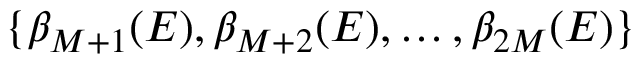
\{ \beta _ { M + 1 } ( E ) , \beta _ { M + 2 } ( E ) , \dots , \beta _ { 2 M } ( E ) \}